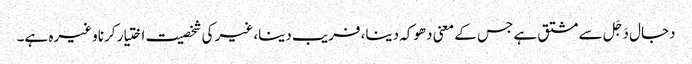
دجال دَجَل سے مشتق ہے جس کے معنی دھوکہ دینا، فریب دینا، غیر کی شخصیت اختیار کرنا وغیرہ ہے۔